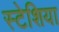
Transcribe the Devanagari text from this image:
स्टेशिया